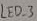
Text: LED_3